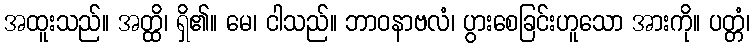
အထူးသည်။ အတ္ထိ၊ ရှိ၏။ မေ၊ ငါသည်။ ဘာဝနာဗလံ၊ ပွားစေခြင်းဟူသော အားကို။ ပတ္တံ၊